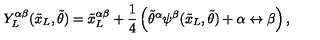
Y _ { L } ^ { \alpha \beta } ( { \tilde { x } _ { L } } , { \tilde { \theta } } ) = { { \tilde { x } _ { L } } ^ { \alpha \beta } } + \frac { 1 } { 4 } \left( { { \tilde { \theta } } ^ { \alpha } } \psi ^ { \beta } ( { \tilde { x } _ { L } } , { \tilde { \theta } } ) + \alpha \leftrightarrow \beta \right) ,